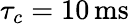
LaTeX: \tau_{c}=10\, \mathrm{ms}